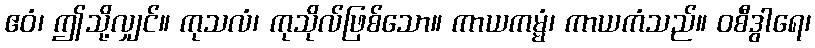
ဧဝံ၊ ဤသို့လျှင်။ ကုသလံ၊ ကုသိုလ်ဖြစ်သော။ ကာယကမ္မံ၊ ကာယကံသည်။ ဝစီဒွါရေ၊